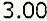
3.00